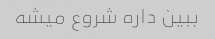
ببین داره شروع میشه